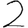
Digit: 2